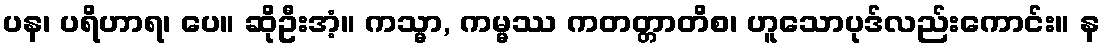
ပန၊ ပရိဟာရ၊ ပေ။ ဆိုဦးအံ့။ ကသ္မာ, ကမ္မဿ ကတတ္တာတိစ၊ ဟူသောပုဒ်လည်းကောင်း။ န